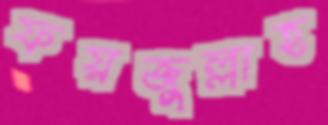
ফয়জুল্লাহ